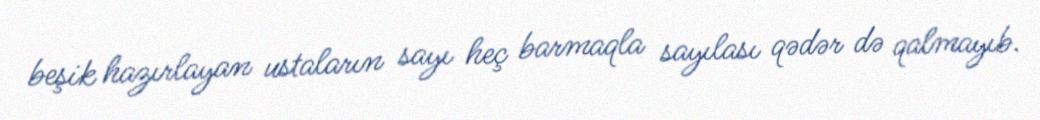
beşik hazırlayan ustaların sayı heç barmaqla sayılası qədər də qalmayıb.